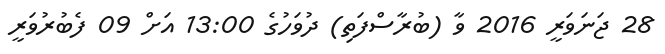
28 ޖަނަވަރީ 2016 ވާ (ބުރާސްފަތި) ދުވަހުގެ 13:00 އަށް 09 ފެބުރުވަރީ